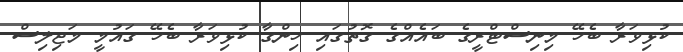
ކުޅިވަރާ ބެހޭ މިނިސްޓްރީގެ ބައެއްގެ ގޮތުގައި ހިންގާ ކުޅިވަރާ ބެހޭ ގައުމީ މަޖިލިސް